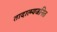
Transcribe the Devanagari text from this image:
तादात्म्यजनित